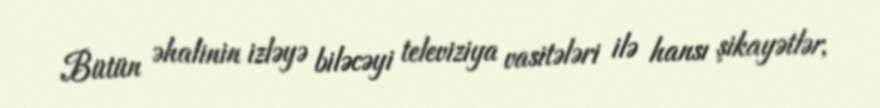
Bütün əhalinin izləyə biləcəyi televiziya vasitələri ilə hansı şikayətlər,